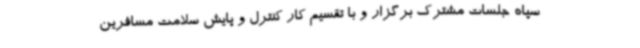
سپاه جلسات مشترک برگزار و با تقسیم کار کنترل و پایش سلامت مسافرین